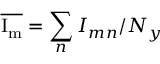
\mathrm { \overline { { I _ { m } } } } = \sum _ { n } I _ { m n } / N _ { y }